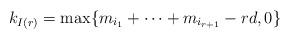
LaTeX: \begin{align*}k_{I(r)} = \max\{m_{i_1}+\dots+m_{i_{r+1}}-rd,0\}\end{align*}